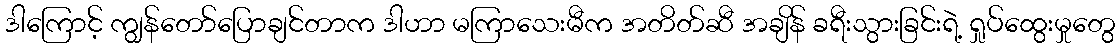
ဒါကြောင့် ကျွန်တော်ပြောချင်တာက ဒါဟာ မကြာသေးမီက အတိတ်ဆီ အချိန် ခရီးသွားခြင်းရဲ့ ရှုပ်ထွေးမှုတွေ